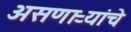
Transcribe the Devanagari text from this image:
असणाऱ्यांचे